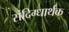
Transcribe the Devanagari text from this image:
संदिग्धार्थक